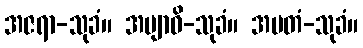
အဇရာ-သုခံ။ အဗျာဓိ-သုခံ။ အမတံ-သုခံ။